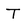
Character: T